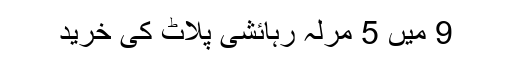
9 میں 5 مرلہ رہائشی پلاٹ کی خرید